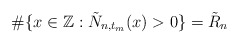
\begin{align*}\#\{x\in\mathbb Z:\tilde N_{n,t_m}(x)>0\}=\tilde R_n\end{align*}